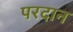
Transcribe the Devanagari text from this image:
परदान